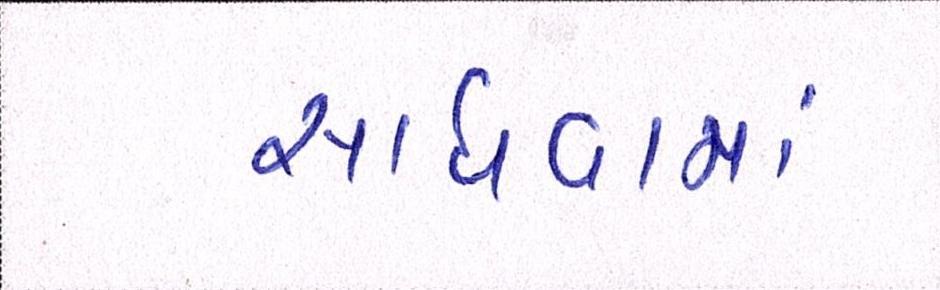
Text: સાધવામાં